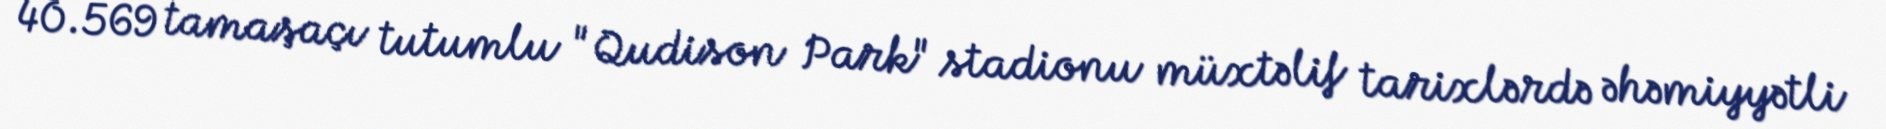
40.569 tamaşaçı tutumlu "Qudison Park" stadionu müxtəlif tarixlərdə əhəmiyyətli